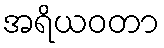
အရိယဝတာ